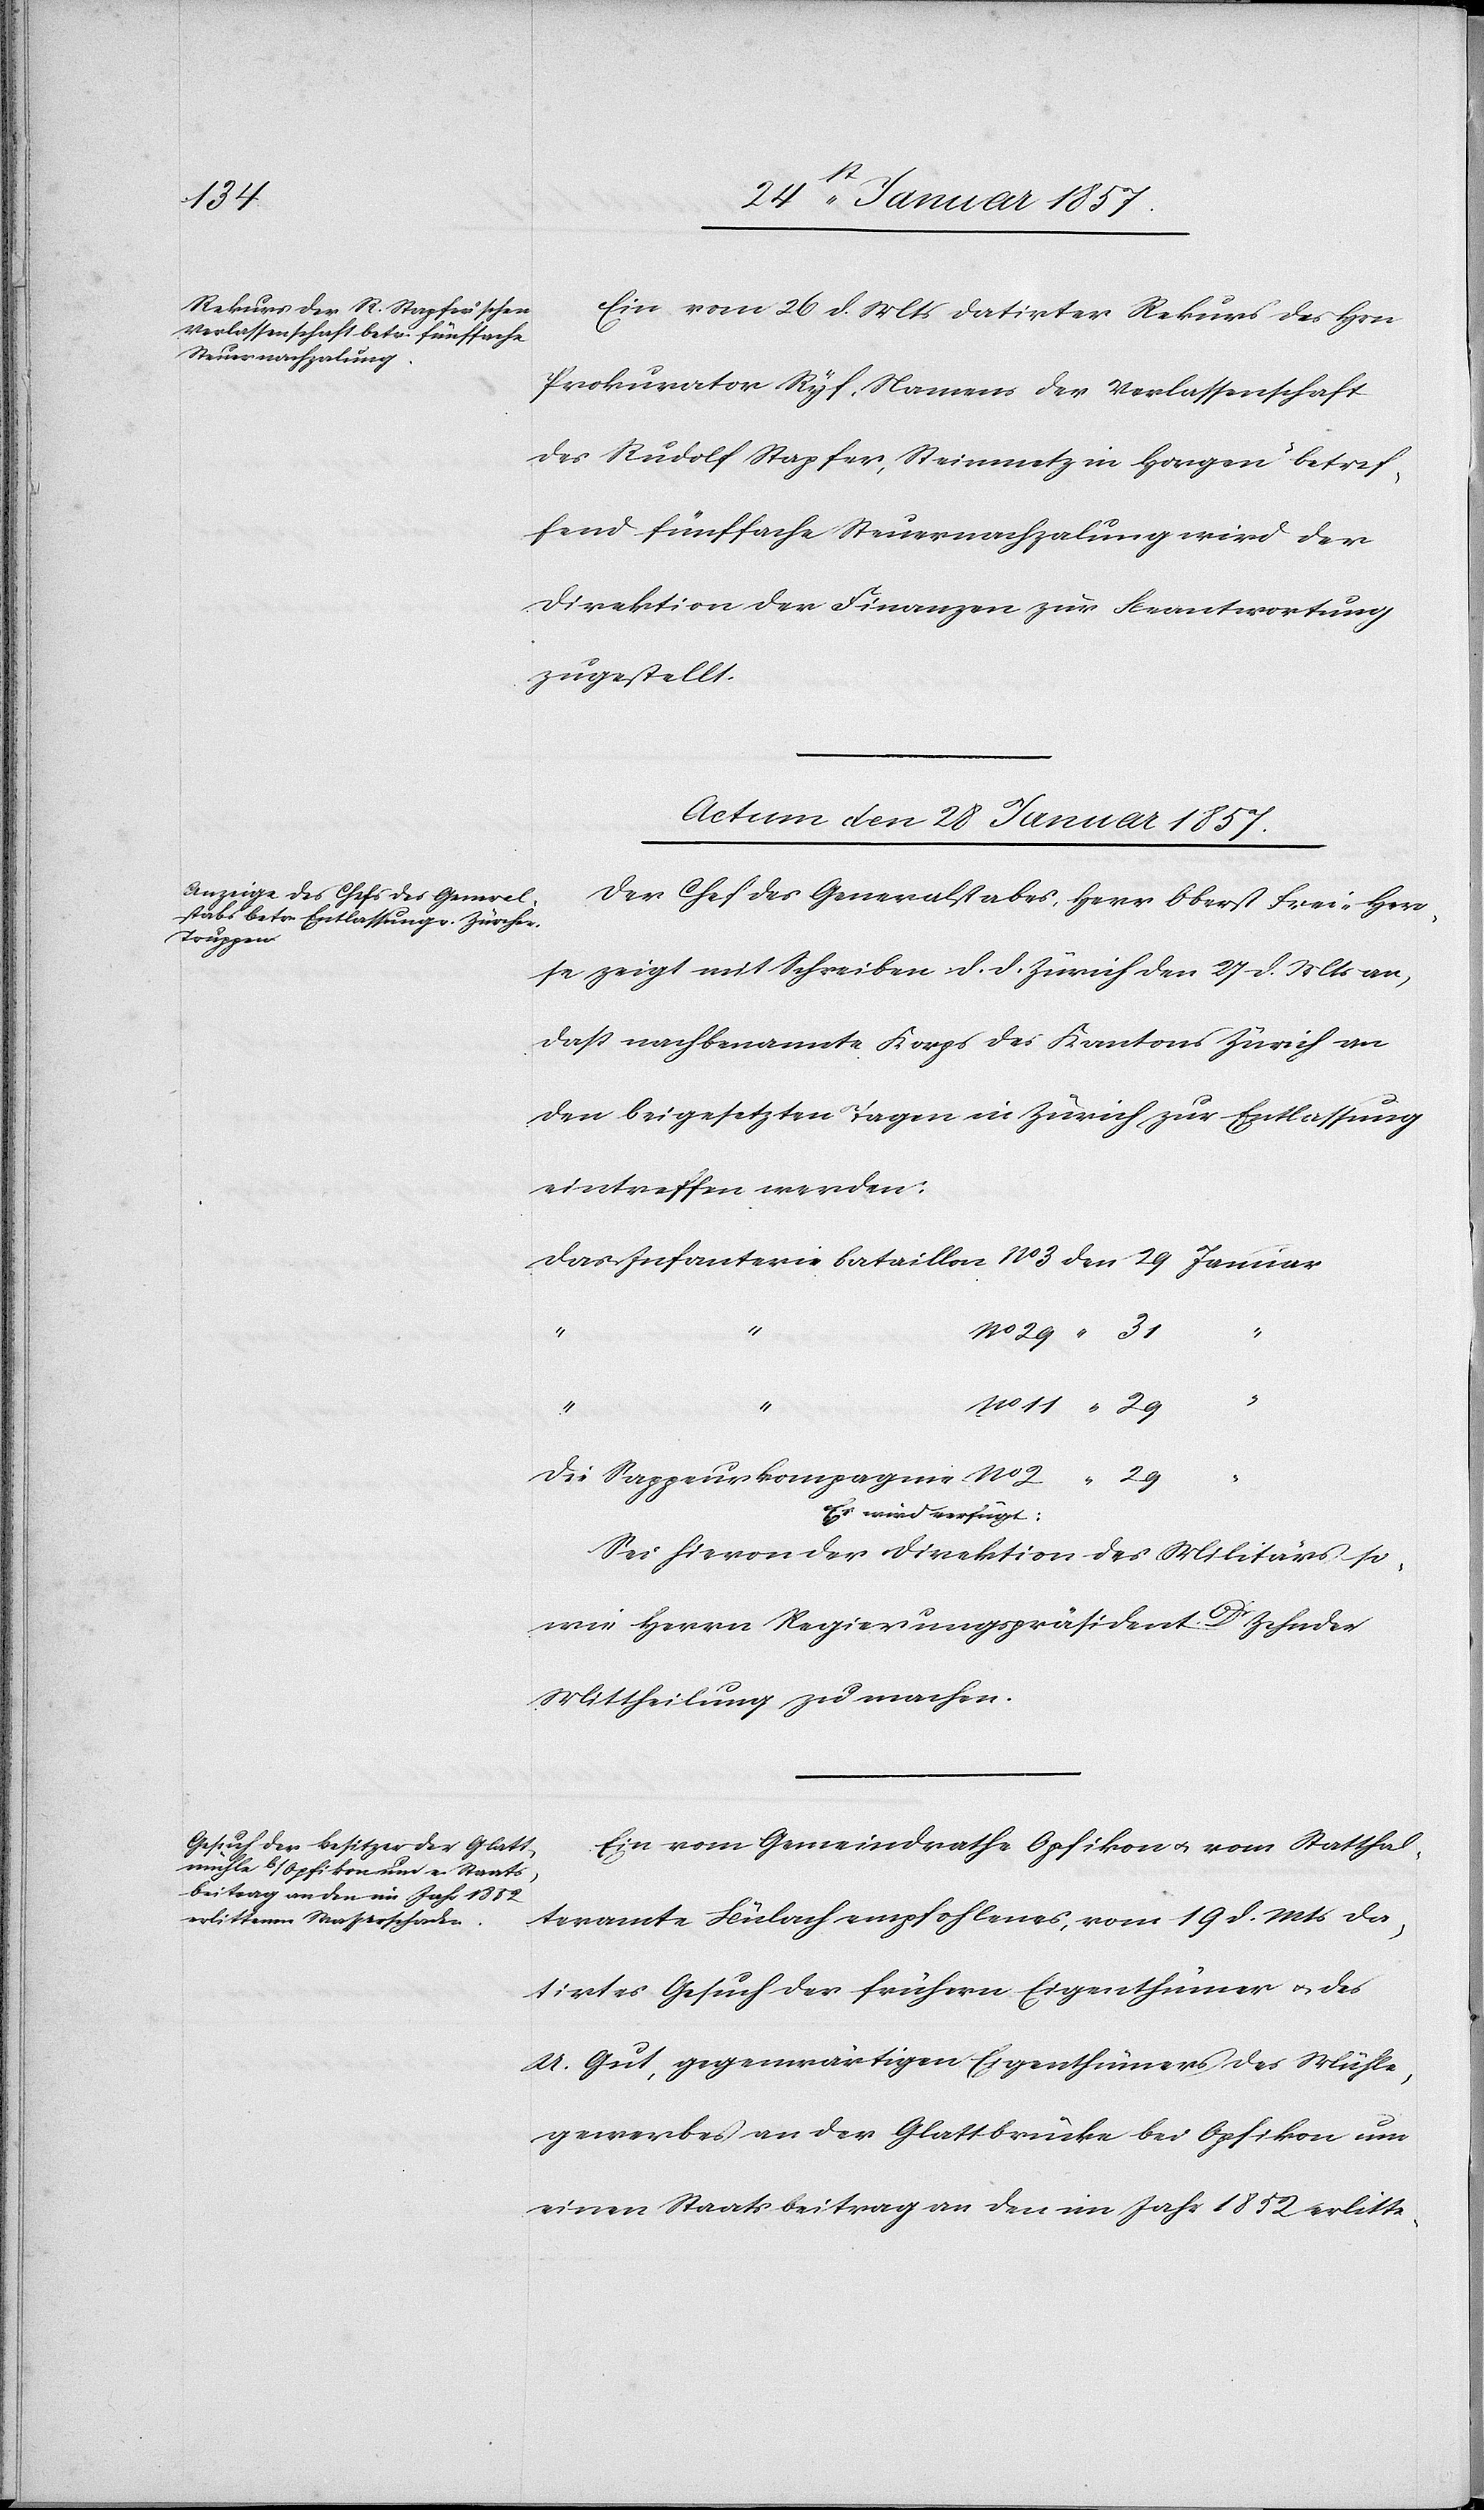
Ein vom 26 d. Mts datirter Rekurs des Hrn
Prokurator Ryf, Namens der Verlassenschaft
des Rudolf Stapfer, Steinmetz in Horgen betref¬
fend fünffache Steuernachzahlung wird der
Direktion der Finanzen zur Beantwortung
zugestellt.
Actum den 28 Januar 1857.]
Der Chef des Generalstabes, Herr Oberst Frei-Her¬
se zeigt mit Schreiben d. d. Zürich den 27 d. Mts an,
daß nachbenannte Korps des Kantons Zürich an
den beigesetzten Tagen in Zürich zur Entlassung
eintreffen werden:
Die Sappeurkompagnie	No.
a-Es wird verfügt:-a
Sei hievon der der Direktion des Militärs so¬
wie Herrn Regierungspräsident Dr. Zehnder
Mittheilung zu machen.
Ein vom Gemeindrathe Opfikon u. vom Statthal¬
teramte Bülach empfohlenes, vom 19 d. Mts da¬
tirtes Gesuch der frühern Eigenthümer & des
U. Gut, gegenwärtigen Eigenthümers des Mühle¬
gewerbes an der Glattbrücke bei Opfikon um
einen Staatsbeitrag an den im Jahr 1852 erlitte-